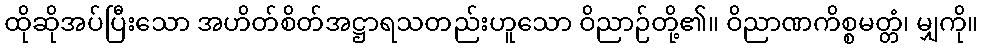
ထိုဆိုအပ်ပြီးသော အဟိတ်စိတ်အဋ္ဌာရသတည်းဟူသော ဝိညာဉ်တို့၏။ ဝိညာဏကိစ္စမတ္တံ၊ မျှကို။